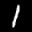
Label: 1